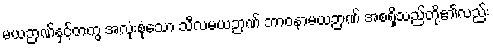
မယဉာဏ်နှင့်တကွ အလုံးစုံသော သီလမယဉာဏ် ဘာဝနာမယဉာဏ် အစရှိသည်တို့၏လည်း